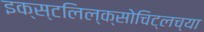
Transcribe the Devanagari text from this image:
इक्स्टलिल्क्सोचिट्लच्या